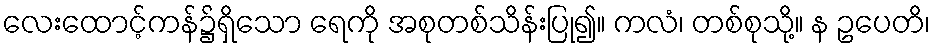
လေးထောင့်ကန်၌ရှိသော ရေကို အစုတစ်သိန်းပြု၍။ ကလံ၊ တစ်စုသို့။ န ဥပေတိ၊